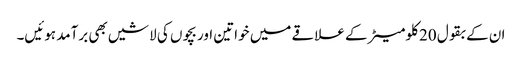
ان کے بقول 20 کلومیٹر کے علاقے میں خواتین اور بچوں کی لاشیں بھی برآمد ہوئیں۔